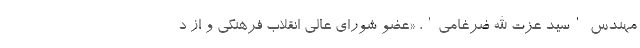
مهندس 'سید عزت الله ضرغامی'، «عضو شورای عالی انقلاب فرهنگی و از د